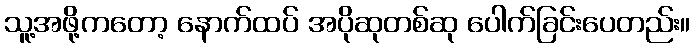
သူ့အဖို့ကတော့ နောက်ထပ် အပိုဆုတစ်ဆု ပေါက်ခြင်းပေတည်း။